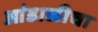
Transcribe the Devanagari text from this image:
आंडाळीचा